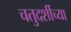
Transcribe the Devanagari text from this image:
चतुदर्शीच्या